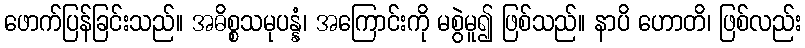
ဖောက်ပြန်ခြင်းသည်။ အဓိစ္စသမုပန္နံ၊ အကြောင်းကို မစွဲမူ၍ ဖြစ်သည်။ နာပိ ဟောတိ၊ ဖြစ်လည်း